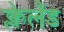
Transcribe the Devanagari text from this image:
क्लेलैंड